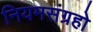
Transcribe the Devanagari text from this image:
नियमसंग्रहो